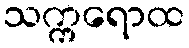
သက္ကရောထ